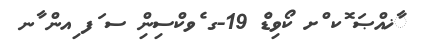
ާޚއްޞަ ޮކ ްށ ކޯވިޑްެ 19-ގ ެވކްސިންި ސ ަފ ިއން ާނ